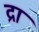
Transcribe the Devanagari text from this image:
द्रा